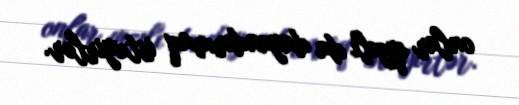
onlar qızılı da dayandırmaq istəyirlər.